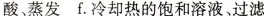
酸、蒸发 f.冷却热的饱和溶液、过滤